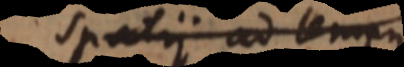
spatii ad tempus